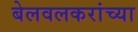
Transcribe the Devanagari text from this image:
बेलवलकरांच्या